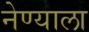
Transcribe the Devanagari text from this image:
नेण्याला